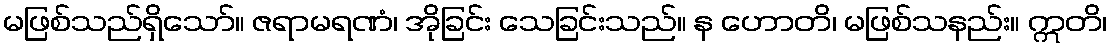
မဖြစ်သည်ရှိသော်။ ဇရာမရဏံ၊ အိုခြင်း သေခြင်းသည်။ န ဟောတိ၊ မဖြစ်သနည်း။ ဣတိ၊